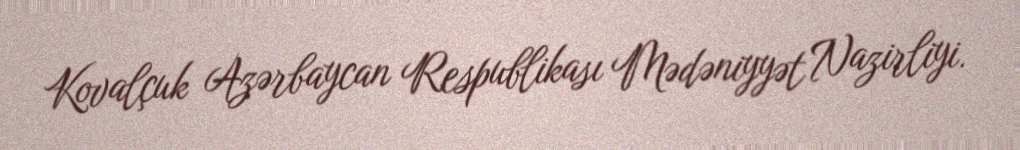
Kovalçuk Azərbaycan Respublikası Mədəniyyət Nazirliyi.